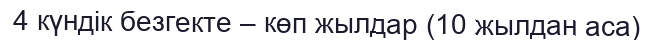
4 күндік безгекте – көп жылдар (10 жылдан аса)